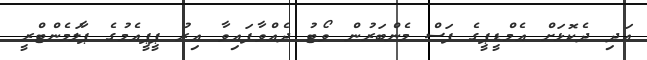
އަދި ދެކޮޅަށް އެމްޑީޕީގެ ފަސް މެންބަރުން ވޯޓު ދެއްވާފައިވާ އިރު ޕީޕީއެމުގެ ޕާލަމެންޓްރީ